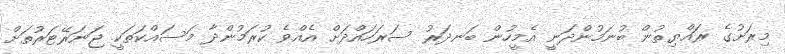
މިރަށުގެ ރައްޔިތުން ބުނަމުންދަނީ އެމީހުން ބަނދަރު ސަރަހައްދަށް އެއްވެ ކުރަމުންދާ މަސައްކަތަކީ ޖަނަރޭޓަރުތަށް